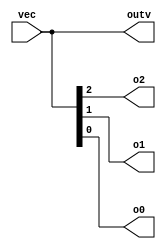
module top_module ( 
    input wire [2:0] vec,
    output wire [2:0] outv,
    output wire o2,
    output wire o1,
    output wire o0  );

    // Connecting the output vector to the input vector
    assign outv = vec;

    // Splitting the input vector into separate outputs
    assign o0 = vec[0];
    assign o1 = vec[1];
    assign o2 = vec[2];

endmodule